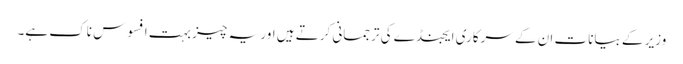
وزیر کے بیانات ان کے سرکاری ایجنڈے کی ترجمانی کرتے ہیں اور یہ چیز بہت افسوس ناک ہے۔